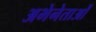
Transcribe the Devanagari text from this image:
अभेनेताओं